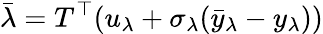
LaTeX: \bar{\lambda}=T^{\top}(u_{\lambda}+\sigma_{\lambda}(\bar{y}_{\lambda}-y_{\lambda}))